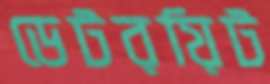
ডেটরয়িট